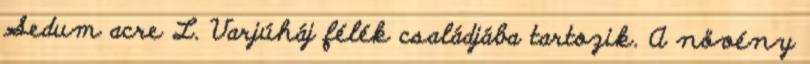
Sedum acre L. Varjúháj félék családjába tartozik. A növény